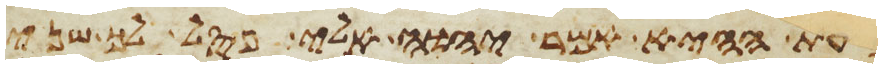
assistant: בעת ההיא אמר יהוה אלי פסל לך שני